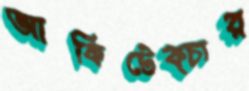
আর্কিটেক্চার